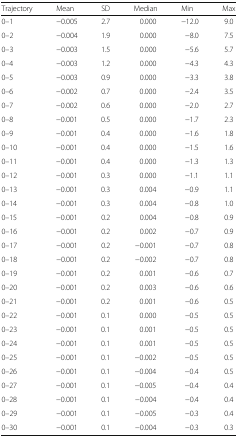
<table><thead><tr><td><b>Trajectory</b></td><td><b>Mean</b></td><td><b>SD</b></td><td><b>Median</b></td><td><b>Min</b></td><td><b>Max</b></td></tr></thead><tbody><tr><td>0–1</td><td>−0.005</td><td>2.7</td><td>0.000</td><td>−12.0</td><td>9.0</td></tr><tr><td>0–2</td><td>−0.004</td><td>1.9</td><td>0.000</td><td>−8.0</td><td>7.5</td></tr><tr><td>0–3</td><td>−0.003</td><td>1.5</td><td>0.000</td><td>−5.6</td><td>5.7</td></tr><tr><td>0–4</td><td>−0.003</td><td>1.2</td><td>0.000</td><td>−4.3</td><td>4.3</td></tr><tr><td>0–5</td><td>−0.003</td><td>0.9</td><td>0.000</td><td>−3.3</td><td>3.8</td></tr><tr><td>0–6</td><td>−0.002</td><td>0.7</td><td>0.000</td><td>−2.4</td><td>3.5</td></tr><tr><td>0–7</td><td>−0.002</td><td>0.6</td><td>0.000</td><td>−2.0</td><td>2.7</td></tr><tr><td>0–8</td><td>−0.001</td><td>0.5</td><td>0.000</td><td>−1.7</td><td>2.3</td></tr><tr><td>0–9</td><td>−0.001</td><td>0.4</td><td>0.000</td><td>−1.6</td><td>1.8</td></tr><tr><td>0–10</td><td>−0.001</td><td>0.4</td><td>0.000</td><td>−1.5</td><td>1.6</td></tr><tr><td>0–11</td><td>−0.001</td><td>0.4</td><td>0.000</td><td>−1.3</td><td>1.3</td></tr><tr><td>0–12</td><td>−0.001</td><td>0.3</td><td>0.000</td><td>−1.1</td><td>1.1</td></tr><tr><td>0–13</td><td>−0.001</td><td>0.3</td><td>0.004</td><td>−0.9</td><td>1.1</td></tr><tr><td>0–14</td><td>−0.001</td><td>0.3</td><td>0.004</td><td>−0.8</td><td>1.0</td></tr><tr><td>0–15</td><td>−0.001</td><td>0.2</td><td>0.004</td><td>−0.8</td><td>0.9</td></tr><tr><td>0–16</td><td>−0.001</td><td>0.2</td><td>0.002</td><td>−0.7</td><td>0.9</td></tr><tr><td>0–17</td><td>−0.001</td><td>0.2</td><td>−0.001</td><td>−0.7</td><td>0.8</td></tr><tr><td>0–18</td><td>−0.001</td><td>0.2</td><td>−0.002</td><td>−0.7</td><td>0.8</td></tr><tr><td>0–19</td><td>−0.001</td><td>0.2</td><td>0.001</td><td>−0.6</td><td>0.7</td></tr><tr><td>0–20</td><td>−0.001</td><td>0.2</td><td>0.003</td><td>−0.6</td><td>0.6</td></tr><tr><td>0–21</td><td>−0.001</td><td>0.2</td><td>0.001</td><td>−0.6</td><td>0.5</td></tr><tr><td>0–22</td><td>−0.001</td><td>0.1</td><td>0.000</td><td>−0.5</td><td>0.5</td></tr><tr><td>0–23</td><td>−0.001</td><td>0.1</td><td>0.001</td><td>−0.5</td><td>0.5</td></tr><tr><td>0–24</td><td>−0.001</td><td>0.1</td><td>0.001</td><td>−0.5</td><td>0.5</td></tr><tr><td>0–25</td><td>−0.001</td><td>0.1</td><td>−0.002</td><td>−0.5</td><td>0.5</td></tr><tr><td>0–26</td><td>−0.001</td><td>0.1</td><td>−0.004</td><td>−0.4</td><td>0.5</td></tr><tr><td>0–27</td><td>−0.001</td><td>0.1</td><td>−0.005</td><td>−0.4</td><td>0.4</td></tr><tr><td>0–28</td><td>−0.001</td><td>0.1</td><td>−0.004</td><td>−0.4</td><td>0.4</td></tr><tr><td>0–29</td><td>−0.001</td><td>0.1</td><td>−0.005</td><td>−0.3</td><td>0.4</td></tr><tr><td>0–30</td><td>−0.001</td><td>0.1</td><td>−0.004</td><td>−0.3</td><td>0.3</td></tr></tbody></table>